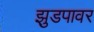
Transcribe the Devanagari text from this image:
झुडपावर